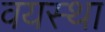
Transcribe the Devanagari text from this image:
वयस्था